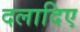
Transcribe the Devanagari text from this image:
दलादिए